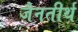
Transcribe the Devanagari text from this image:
जैनतीर्थ